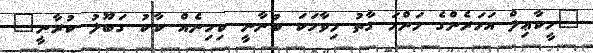
"މީކާޢިލް އަހަރެންގެ މަންމަ ގާތު މިވާހަކަ ބުނާނީ ކިހިނެއް ކާކު ގަބޫލު ކުރާނީ"